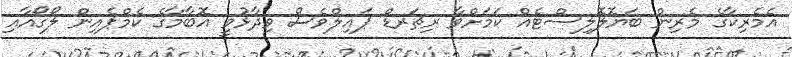
އެމެރިކާގެ މެރިން ބަޔޮލޮލިސްޓެއް ކަމަށްވާ ރިޗަރޑް ޕައިލްވެސް ވިދާޅުވީ އޮބާމާގެ ކެމްޕެއިން ލޯގޯއާއި